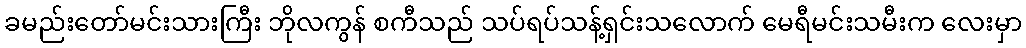
ခမည်းတော်မင်းသားကြီး ဘိုလကွန် စကီသည် သပ်ရပ်သန့်ရှင်းသလောက် မေရီမင်းသမီးက လေးမှာ